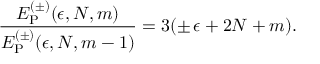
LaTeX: { \frac { E _ { \mathrm { P } } ^ { ( \pm ) } ( \epsilon , N , m ) } { E _ { \mathrm { P } } ^ { ( \pm ) } ( \epsilon , N , m - 1 ) } } = 3 ( \pm \, \epsilon + 2 N + m ) .